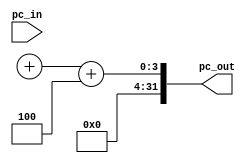
module pc_up (input    [31:0]    pc_in,
              output   [31:0]    pc_out);

    reg [31:0] pc_out;
    always @(pc_in)
        begin
            pc_out = pc+in + 4;
        end

endmodule